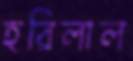
হরিলাল